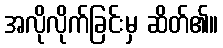
အလိုလိုက်ခြင်းမှ ဆိတ်၏။